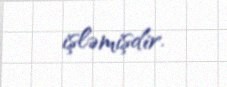
işləmişdir.